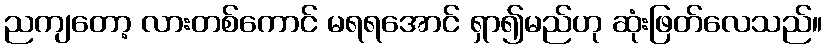
ညကျတော့ လားတစ်ကောင် မရရအောင် ရှာ၍မည်ဟု ဆုံးဖြတ်လေသည်။